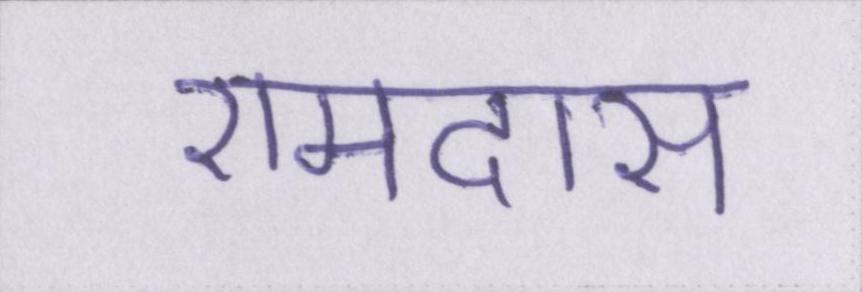
रामदास